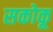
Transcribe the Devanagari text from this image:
सकोकू